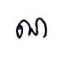
ណ